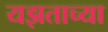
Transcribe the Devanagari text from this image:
यझताच्या